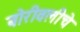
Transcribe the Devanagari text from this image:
बोरीवलीचे